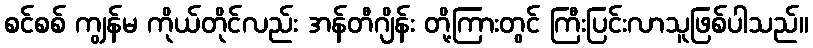
စင်စစ် ကျွန်မ ကိုယ်တိုင်လည်း အန်တီဂျိန်း တို့ကြားတွင် ကြီးပြင်းလာသူဖြစ်ပါသည်။